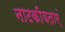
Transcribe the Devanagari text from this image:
नाटकीयताएं